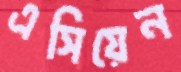
এসিয়েন